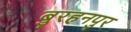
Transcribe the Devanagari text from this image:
बुरहनपुर